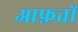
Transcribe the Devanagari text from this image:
आफ़तों